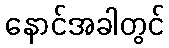
နောင်အခါတွင်